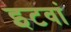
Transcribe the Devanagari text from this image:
इटवां